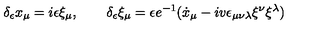
\delta _ { \epsilon } x _ { \mu } = i \epsilon \xi _ { \mu } , \qquad \delta _ { \epsilon } \xi _ { \mu } = \epsilon e ^ { - 1 } ( \dot { x } _ { \mu } - i v \epsilon _ { \mu \nu \lambda } \xi ^ { \nu } \xi ^ { \lambda } )